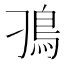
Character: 𩾗